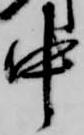
中